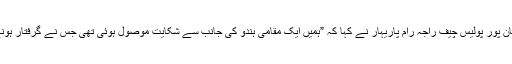
غیر ملکی خبر ایجنسی اے ایف پی سے گفتگو کرتے ہوئے برہان پور پولیس چیف راجہ رام پاریہار نے کہا کہ ”ہمیں ایک مقامی ہندو کی جانب سے شکایت موصول ہوئی تھی جس نے گرفتار ہونے والوں پر بھارت کی شکست کا جشن منانے کا الزام عائد کیا۔